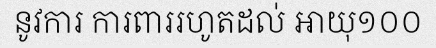
នូវការ ការពាររហូតដល់ អាយុ១០០